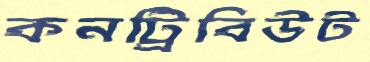
কনট্রিবিউট